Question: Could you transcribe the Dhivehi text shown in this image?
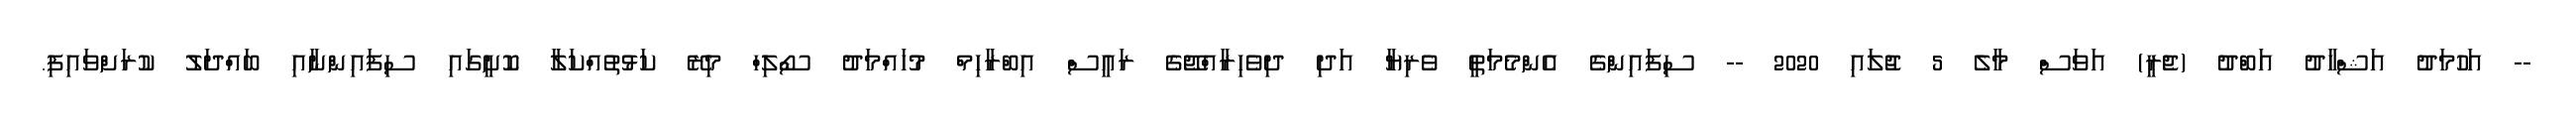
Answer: -- އަހުމަދު އަޝްހާދު އަބްދު (ޖެރީ) އަވަސް މާލެ 5 ޖުލައި 2020 -- ސިފައިންގެ އެންމެމަތީ ވެރިޔާ އަދި ދިވެހިރާއްޖޭގެ ރައީސް އިބްރާހިމް މުހައްމަދު ސޯލިހް މިރޭ ކަޅުތުއްކަލާ ކޮށީގައި ސިފައިންނާއި ބައްދަލު ކުރަށްވައިފި.